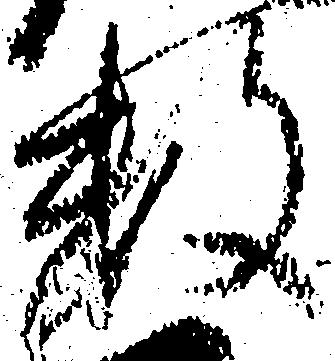
数